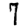
Digit: 7